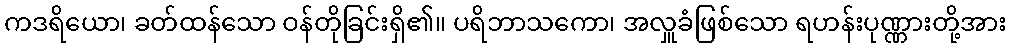
ကဒရိယော၊ ခတ်ထန်သော ဝန်တိုခြင်းရှိ၏။ ပရိဘာသကော၊ အလှူခံဖြစ်သော ရဟန်းပုဏ္ဏားတို့အား